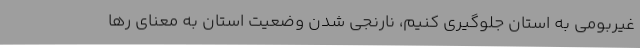
غیربومی به استان جلوگیری کنیم، نارنجی شدن وضعیت استان به معنای رها